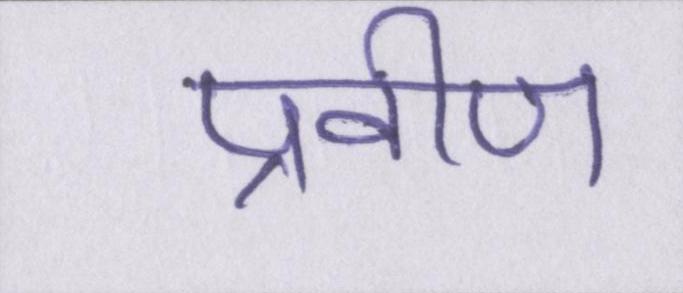
प्रवीण